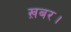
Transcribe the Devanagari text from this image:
ख़बर।